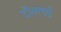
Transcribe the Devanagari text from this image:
टॉलमई